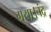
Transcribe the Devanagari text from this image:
गया।चंद्र